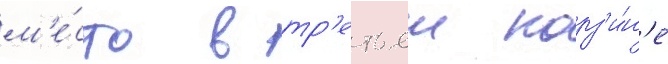
м'е́сто в тр'етьеи корз'и́н'е